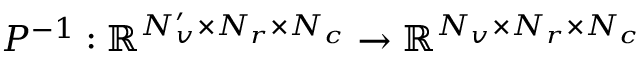
P ^ { - 1 } : \mathbb { R } ^ { N _ { v } ^ { \prime } \times N _ { r } \times N _ { c } } \rightarrow \mathbb { R } ^ { N _ { v } \times N _ { r } \times N _ { c } }